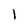
Character: I